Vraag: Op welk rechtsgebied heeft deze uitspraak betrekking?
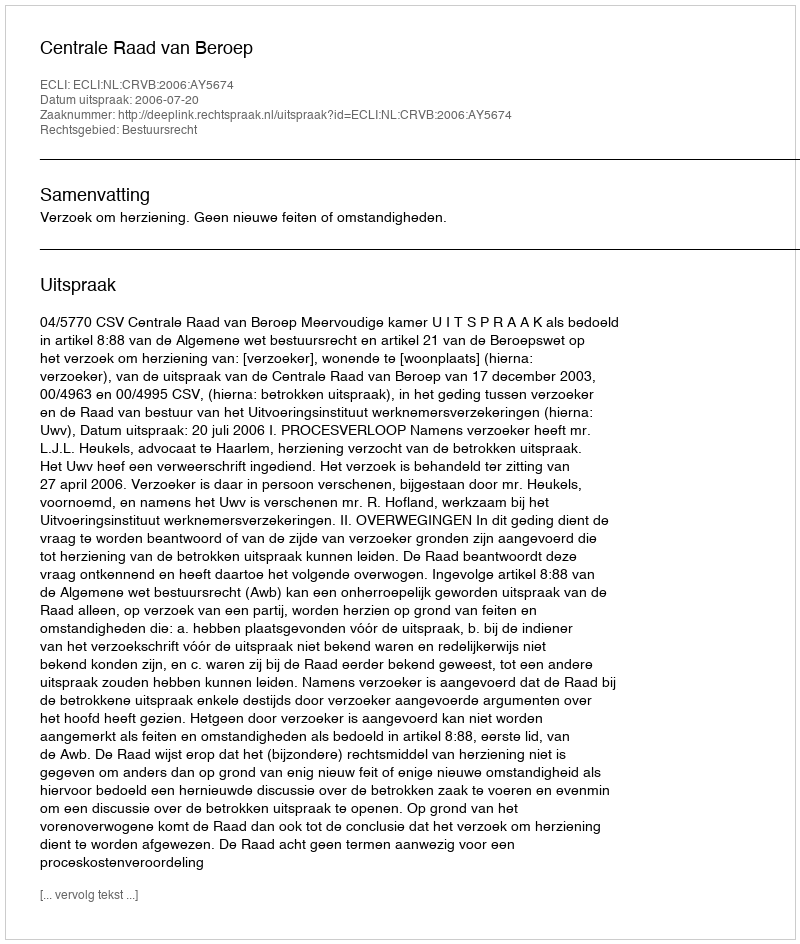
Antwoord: Bestuursrecht